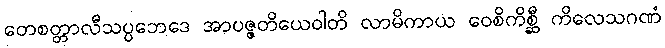
တေစတ္တာလီသပ္ပဘေဒေ အာပဇ္ဇတိယေဝါတိ လာမိကာယ ဝေစိကိစ္ဆီ ကိလေသဂဏံ